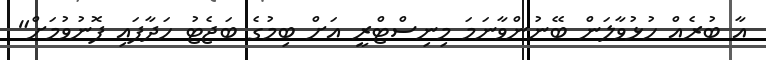
އާ ބުރެއް ހުޅުވާލަން ބޭނުންވާނަމަ މިނިސްޓްރީ އަށް ބިމުގެ ބަޖެޓު ހަދާފައި ފޮނުވުމަށް"